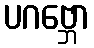
ပဂဗ္ဘော